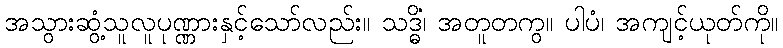
အသွားဆွံ့သူလူပုဏ္ဏားနှင့်သော်လည်း။ သဒ္ဓိံ၊ အတူတကွ။ ပါပံ၊ အကျင့်ယုတ်ကို။